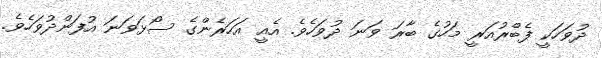
ދުވަހަކީ ފެބްރުއަރީ މަހުގެ ބާރަ ވަނަ ދުވަހެވެ. އެއީ އަހަރެންގެ ސޯޅަވަނަ އުފަންދުވަހެވެ.